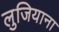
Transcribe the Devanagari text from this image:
लुजियाना